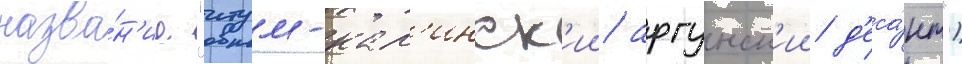
назва́н'ие "итум-кал'инск'ии/ аргунск'ии д'еса́нт")